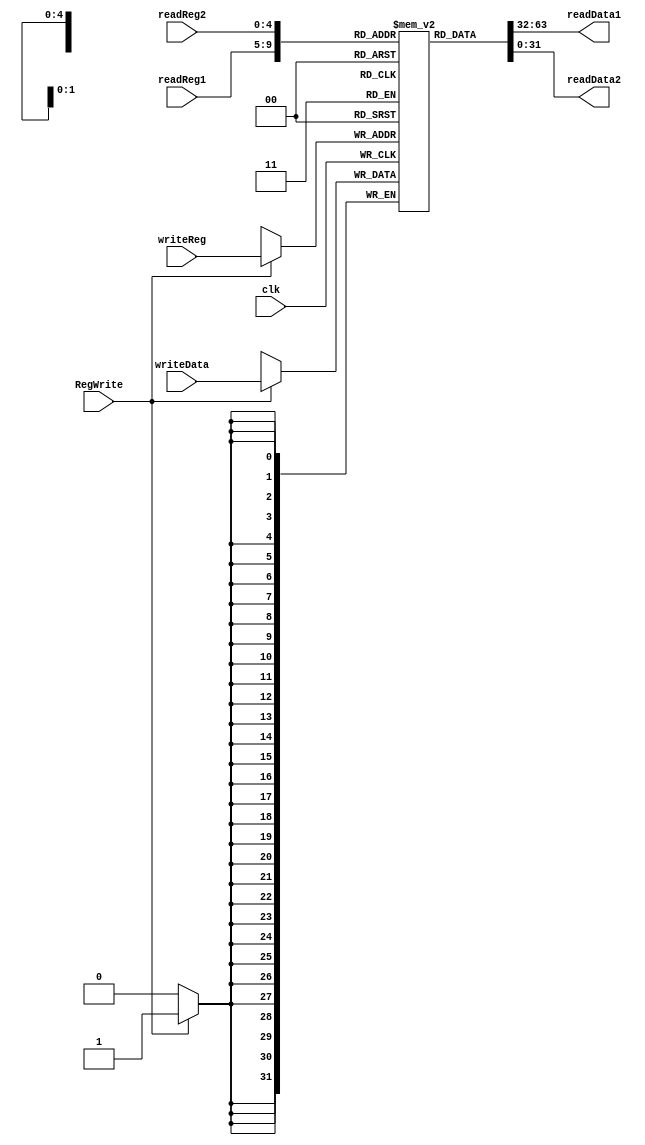
`timescale 1ns / 1ps
module registers(readReg1, readReg2, writeReg, writeData, readData1, readData2, RegWrite, clk);
	input RegWrite, clk;
	input [31:0] writeData;
	input [4:0] readReg1;
	input [4:0] readReg2;
	input [4:0] writeReg;
	output [31:0] readData1;
	output [31:0] readData2;
	reg [31:0] Reg[0:31]; //31 regs
	
	integer i;
	
	initial begin
		for (i=0;i<32;i=i+1)
		begin
			Reg[i]=32'b0;
		end
	end
	
	always @(posedge clk)
	begin
		if (RegWrite==1'b1)
			Reg[writeReg]<=writeData;
	end
	assign readData1=Reg[readReg1];
	assign readData2=Reg[readReg2];
endmodule